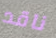
ناقد